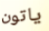
ياتون